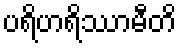
ပရိဟရိဿာမီတိ